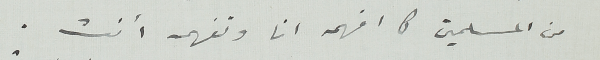
من المسلمين كما افهمه انا وتفهمه انت.